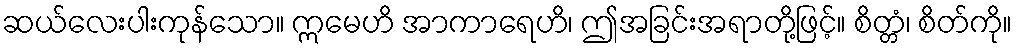
ဆယ်လေးပါးကုန်သော။ ဣမေဟိ အာကာရေဟိ၊ ဤအခြင်းအရာတို့ဖြင့်။ စိတ္တံ၊ စိတ်ကို။